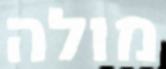
מולה